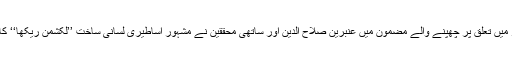
ساؤتھ ایشین سٹڈیز کے تحقیقی مجلے میں آئیڈیالوجی اور چوکھٹ/دہلیز میں تعلق پر چھپنے والے مضمون میں عنبرین صلاح الدین اور ساتھی محققین نے مشہور اساطیری لسانی ساخت ’’لکشمن ریکھا‘‘ کا چوکھٹ سے انسلاک کرتے ہوئے عورت کے سپیس کا جائزہ لیا ہے۔